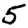
Digit: 5